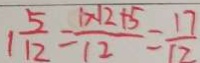
1 \frac { 5 } { 1 2 } = \frac { 1 \times 1 2 + 5 } { 1 2 } = \frac { 1 7 } { 1 2 }